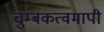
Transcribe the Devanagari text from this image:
चुम्बकत्वमापी